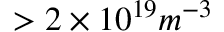
> 2 \times 1 0 ^ { 1 9 } m ^ { - 3 }